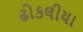
ઢોકલીયા